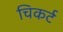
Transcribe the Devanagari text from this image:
चिकर्ट